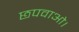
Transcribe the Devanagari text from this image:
छपवाओ।